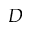
D